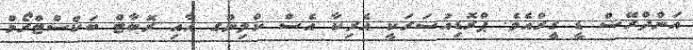
އަންދްރޭސް ޑީ ގީރްއެވެ. ޕްރޮޑިއުސަރަކީ އެރިކާ އެސް ކްލިންގ އާއިި ރޮބާޓް ބަކްސްޓްރޯމް